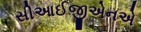
સીઆઈજીએનએ